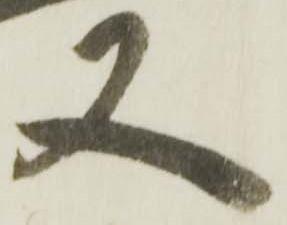
又